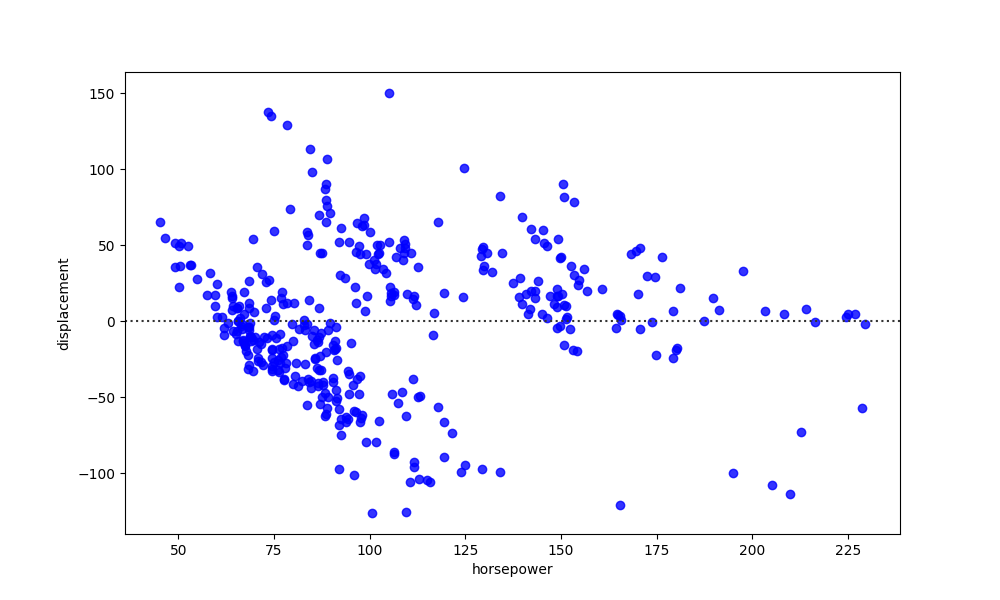
python, seaborn, residplot, lowess=False, scatter_color=blue